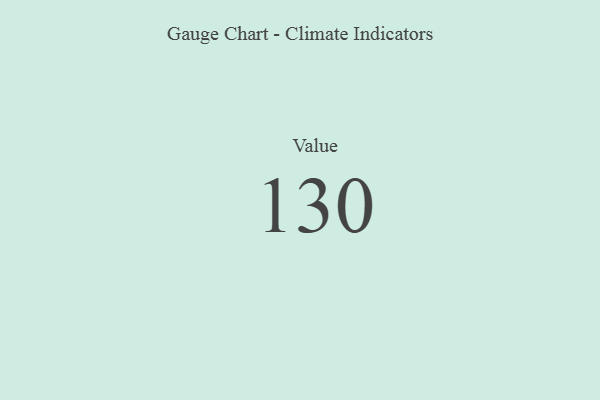
{"axis": {"x": "Metric", "y": "Value"}, "legend": [""], "data": [{"x": "Value", "y": 130, "type": ""}]}